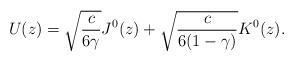
LaTeX: \begin{align*}U(z)= \sqrt{\frac{c}{6\gamma}}J^0(z)+\sqrt{\frac{c}{6(1-\gamma)}}K^0(z).\end{align*}